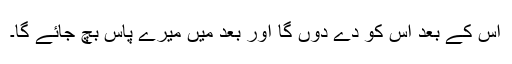
اس کے بعد اس کو دے دوں گا اور بعد میں میرے پاس بچ جائے گا۔